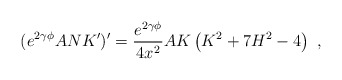
\begin{align*}(e^{2 \gamma \phi } ANK')' = \frac{e^{2 \gamma \phi }}{4 x^2} A K \left( K^2+7H^2-4 \right)\ , \end{align*}